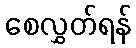
စေလွှတ်ရန်